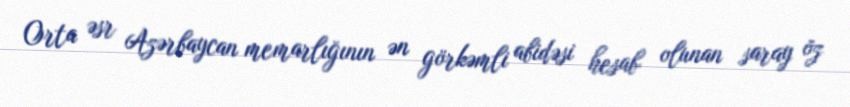
Orta əsr Azərbaycan memarlığının ən görkəmli abidəsi hesab olunan saray öz